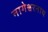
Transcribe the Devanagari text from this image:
नागेश्वरनाथ